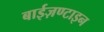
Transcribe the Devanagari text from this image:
बाईज़ण्टाइन